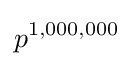
p^{1,000,000}